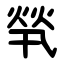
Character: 㷀